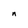
Character: n